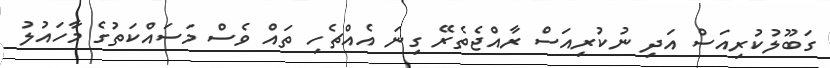
ގަބޫލުކުރިއަސް އަދި ނުކުރިއަސް ރާއްޖެތެރޭ ގިނަ އެއްޗެހި ތައް ވެސް މަސައްކަތުގެ މާހައުލު